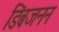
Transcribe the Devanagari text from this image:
डिंबजनन